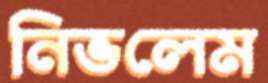
নিভলেম